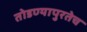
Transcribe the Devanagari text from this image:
तोडण्यापुरतेच